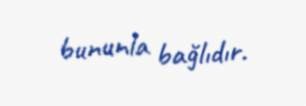
bununla bağlıdır.